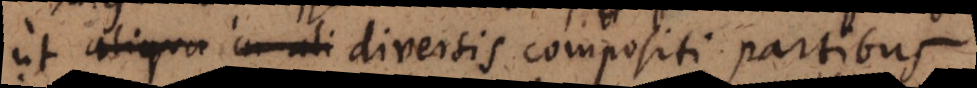
ut aliqua in ali diversis compositi partibus